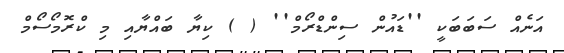
އަނެއް ސަބަބަކީ ''ޑައުން ސިންޑްރޯމް'' ( ) ކިޔާ ބައްޔާއި މި ކްރޮމޯސޯމް